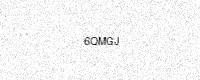
Text: 6QMGJ